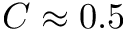
C \approx 0 . 5